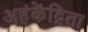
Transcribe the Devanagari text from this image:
अहंकेंद्रिता